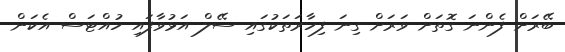
ބޭރަށް ފެންނަ ގޮތަށް ވަރަށް ގިނަ ފިހާރަތަކުގައި ސޭލް އަޅުވާފައި ހުއްޓަސް އެކަން